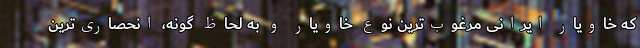
که خاویار ایرانی مرغوب‌ترین نوع خاویار و به لحاظ گونه، انحصاری‌ترین